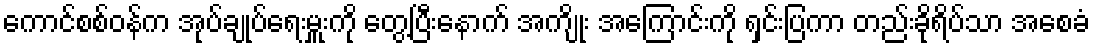
ကောင်စစ်ဝန်က အုပ်ချုပ်ရေးမှူးကို တွေ့ပြီးနောက် အကျိုး အကြောင်းကို ရှင်းပြကာ တည်းခိုရိပ်သာ အစေခံ